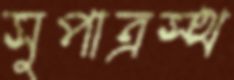
সুপাত্রস্থ